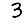
Digit: 3